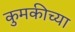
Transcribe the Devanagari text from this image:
कुमकीच्या